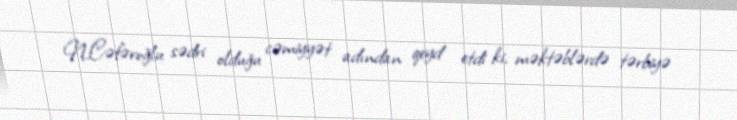
N.Cəfəroğlu sədri olduğu cəmiyyət adından qeyd etdi ki, məktəblərdə tərbiyə